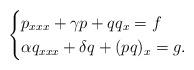
LaTeX: \begin{align*} \begin{cases}p_{xxx} + \gamma p + qq_x = f \\ \alpha q_{xxx} + \delta q + (pq)_x = g.\end{cases}\end{align*}